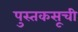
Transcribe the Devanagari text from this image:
पुस्तकसूची